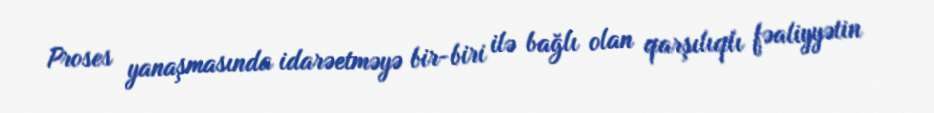
Proses yanaşmasında idarəetməyə bir-biri ilə bağlı olan qarşılıqlı fəaliyyətin